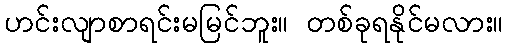
ဟင်းလျာစာရင်းမမြင်ဘူး။ တစ်ခုရနိုင်မလား။